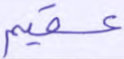
عقيم